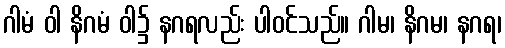
ဂါမံ ဝါ နိဂမံ ဝါ၌ နဂရလည်း ပါဝင်သည်။ ဂါမ၊ နိဂမ၊ နဂရ၊